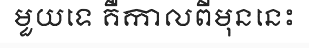
មួយទេ គឺកាលពីមុននេះ